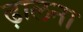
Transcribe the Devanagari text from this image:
ढ़ालना